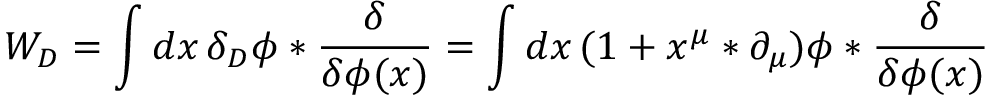
W _ { D } = \int d x \, \delta _ { D } \phi * { \frac { \delta } { \delta \phi ( x ) } } = \int d x \, ( 1 + x ^ { \mu } * \partial _ { \mu } ) \phi * { \frac { \delta } { \delta \phi ( x ) } }